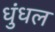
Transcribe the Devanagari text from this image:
धुंधल